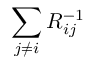
\sum _ { j \neq i } R _ { i j } ^ { - 1 }